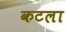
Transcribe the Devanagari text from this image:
कटला